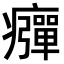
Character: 𤻾